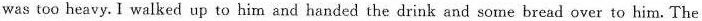
was too heavy.I walked up to him and handed the drink and some bread over to him.The